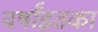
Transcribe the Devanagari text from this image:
वर्षांइतका